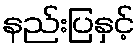
နည်းပြနှင့်